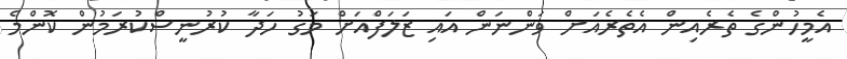
އެމީހުންގެ ތެރެއިން އެތެރެއަށް ވަންނަން އައި ޒަލަފްއަށް މަގު ހަދާ ކުރުނީސްކުރަމުން ކޮންމެ